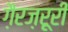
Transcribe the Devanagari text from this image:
ग़ैरज़रूरी